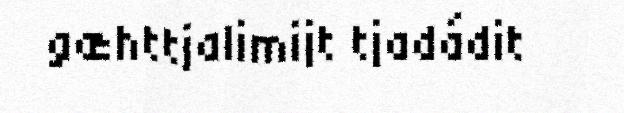
gæhttjalimijt tjadádit